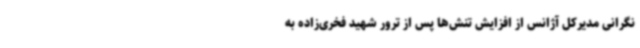
نگرانی مدیرکل آژانس از افزایش تنش‌ها پس از ترور شهید فخری‌زاده به